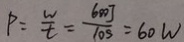
P = \frac { w } { t } = \frac { 6 0 0 J } { 1 0 S } = 6 0 W